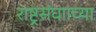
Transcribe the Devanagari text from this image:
राष्ट्रसंघााच्या